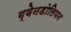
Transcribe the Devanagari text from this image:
ग्वेनडोलियन